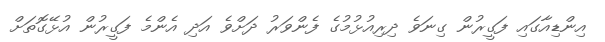
އިންޑިއާގައި ފަގީރުން ގިނަވެ ދިރިއުޅުމުގެ ފެންވަރު ދަށްވެ އަދި އެންމެ ފަގީރުން އުޅޭގޮތަށް